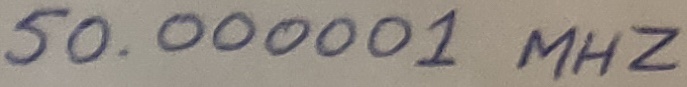
Text: 50.00001 MHZ